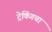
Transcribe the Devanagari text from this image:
ट्रेकिंगचा